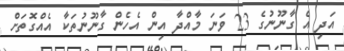
އަދި އެ ގާނޫނުގެ 23 ވަނަ މާއްދާ އިން އެހެން ގާނޫނުތަކާ އެއްގޮތަށް